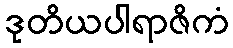
ဒုတိယပါရာဇိကံ